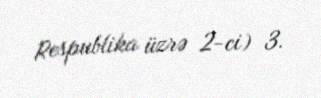
Respublika üzrə 2-ci) 3.